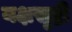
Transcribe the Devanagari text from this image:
यक्षसृष्टी